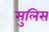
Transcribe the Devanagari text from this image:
सुलिस